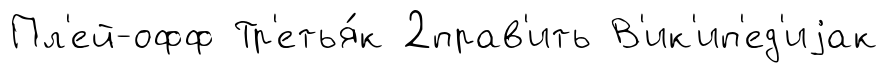
Пл'ей-офф Тр'етья́к 2прав'ить В'ик'ип'ед'иjак